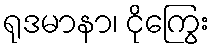
ရုဒမာနာ၊ ငိုကြွေး